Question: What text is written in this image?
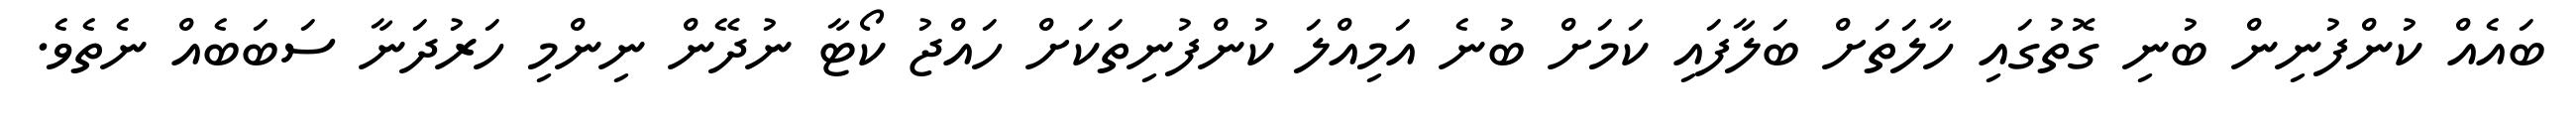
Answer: ބައެއް ކުންފުނިން ބުނި ގޮތުގައި ހާލަތަށް ބަލާފައި ކަމަށް ބުނެ އަމިއްލަ ކުންފުނިތަކަށް ހައްޖު ކޯޓާ ނުދޭން ނިންމި ހަރުދަނާ ސަބަބެއް ނެތެވެ.